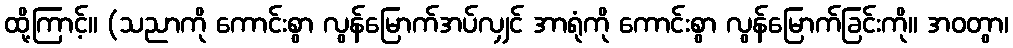
ထို့ကြာင့်။ (သညာကို ကောင်းစွာ လွန်မြောက်အပ်လျှင် အာရုံကို ကောင်းစွာ လွန်မြောက်ခြင်းကို။ အဝတွာ၊